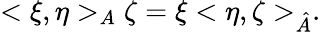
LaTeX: <\xi,\eta>_{A}\zeta=\xi<\eta,\zeta>_{\hat{A}}.